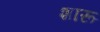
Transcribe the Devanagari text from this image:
शारू